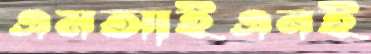
এমআইএনই